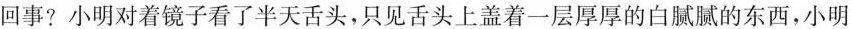
回事? 小明对着镜子看了半天舌头，只见舌头上盖着一层厚厚的白腻腻的东西，小明